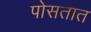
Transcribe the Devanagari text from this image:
पोसतात